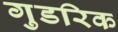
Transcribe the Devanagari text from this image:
गुडरिक